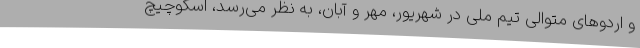
و اردوهای متوالی تیم ملی در شهریور، مهر و آبان، به نظر می‌رسد، اسکوچیچ